画像に写った文字を読んでください
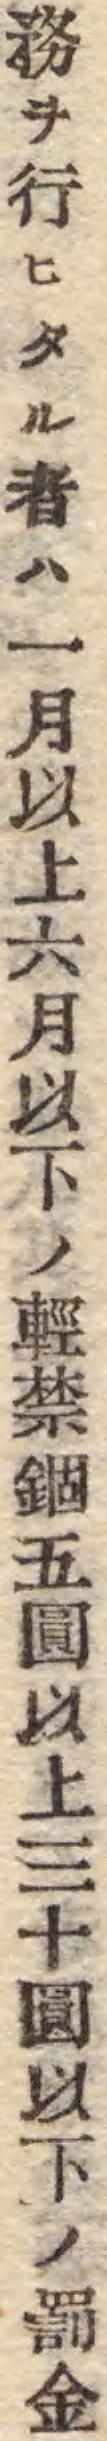
「務ヲ行ヒタル者ハ一月以上六月以下ノ輕禁錮五圓以上三十圓以下ノ罰金」と書いてあります